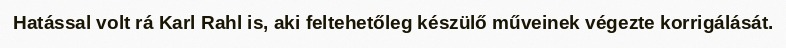
Hatással volt rá Karl Rahl is, aki feltehetőleg készülő műveinek végezte korrigálását.